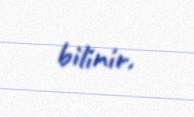
bilinir.